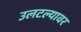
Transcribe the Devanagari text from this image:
उलटल्यावर